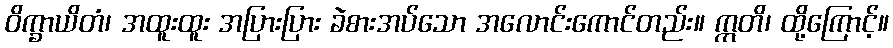
ဝိက္ခာယိတံ၊ အထူးထူး အပြားပြား ခဲစားအပ်သော အလောင်းကောင်တည်း။ ဣတိ၊ ထို့ကြောင့်။